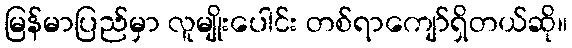
မြန်မာပြည်မှာ လူမျိုးပေါင်း တစ်ရာကျော်ရှိတယ်ဆို။